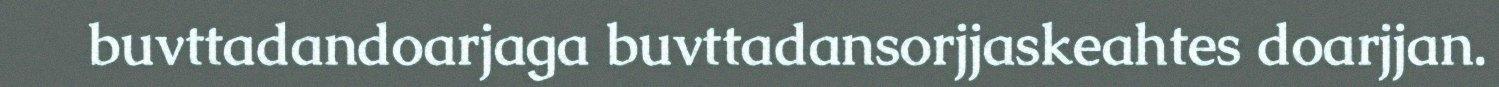
buvttadandoarjaga buvttadansorjjaskeahtes doarjjan.